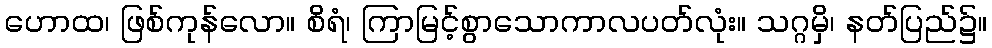
ဟောထ၊ ဖြစ်ကုန်လော။ စိရံ၊ ကြာမြင့်စွာသောကာလပတ်လုံး။ သဂ္ဂမှိ၊ နတ်ပြည်၌။